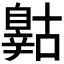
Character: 𲅈